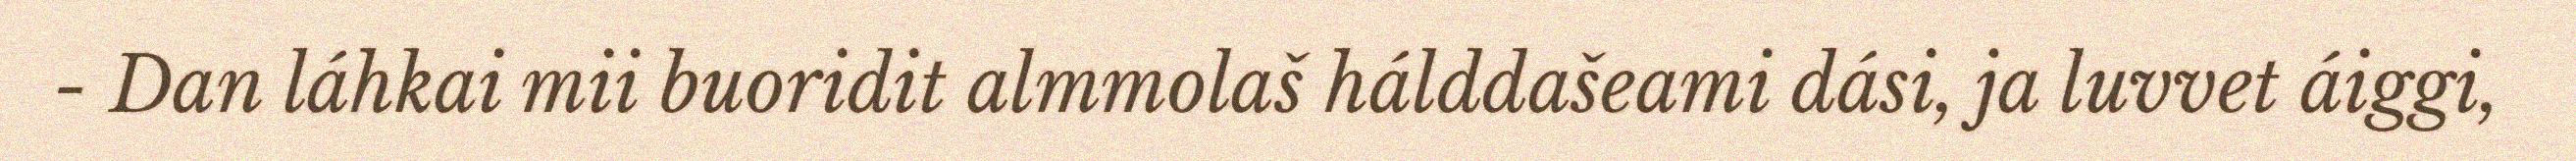
- Dan láhkai mii buoridit almmolaš hálddašeami dási, ja luvvet áiggi,